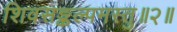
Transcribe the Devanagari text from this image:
शिवसङ्कल्पमस्तु॥२॥